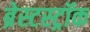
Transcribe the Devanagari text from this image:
ब्रेस्टस्ट्रॉक